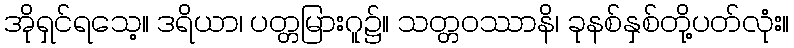
အိုရှင်ရသေ့။ ဒရိယာ၊ ပတ္တမြားဂူ၌။ သတ္တဝဿာနိ၊ ခုနစ်နှစ်တို့ပတ်လုံး။